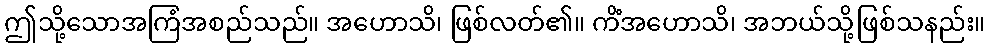
ဤသို့သောအကြံအစည်သည်။ အဟောသိ၊ ဖြစ်လတ်၏။ ကိံအဟောသိ၊ အဘယ်သို့ဖြစ်သနည်း။